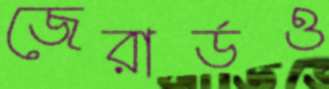
জেরার্ডও